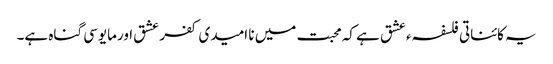
یہ کائناتی فلسفہء عشق ہے کہ محبت میں نا امیدی کفر عشق اورمایوسی گناہ ہے۔